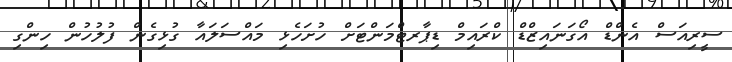
ސީރިއަސް އެންޑް އޯގަނައިޒްޑް ކްރައިމް ޑިޕާރޓްމަންޓަށް ހުށަހެޅި މައްސަލައާ ގުޅިގެން ފުލުހުން ހިންގި